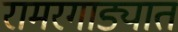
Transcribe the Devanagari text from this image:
रामरगाड्यात